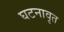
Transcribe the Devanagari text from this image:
घटनावृत